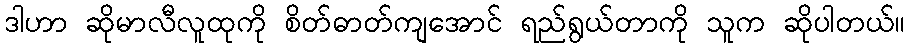
ဒါဟာ ဆိုမာလီလူထုကို စိတ်ဓာတ်ကျအောင် ရည်ရွယ်တာကို သူက ဆိုပါတယ်။